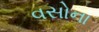
વસોના